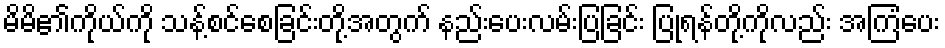
မိမိ၏ကိုယ်ကို သန့်စင်စေခြင်းတို့အတွက် နည်းပေးလမ်းပြခြင်း ပြုရန်တို့ကိုလည်း အကြံပေး